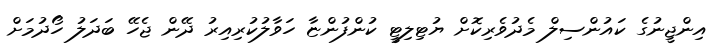
އިންޖީނުގެ ކައުންސިލް މެދުވެރިކޮށް ޔުޓިލިޓީ ކުންފުންޏާ ހަވާލުކުރިއިރު ދޭން ޖެހޭ ބަދަލު ހޯދުމަށް